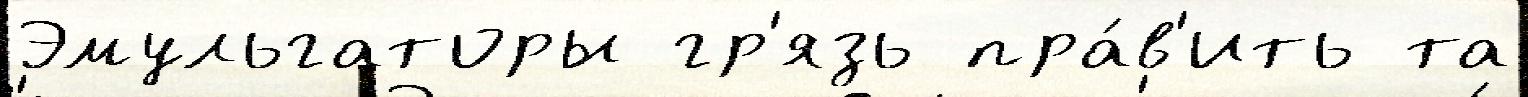
Эмульгаторы гр'язь пра́в'ить та